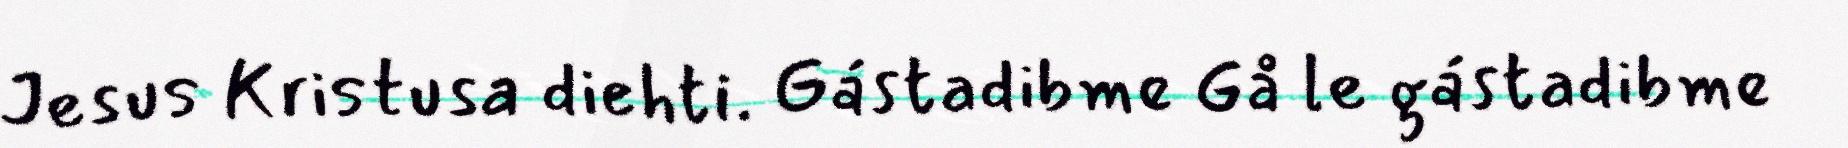
Jesus Kristusa diehti. Gástadibme Gå le gástadibme